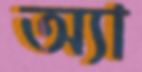
অ্যা